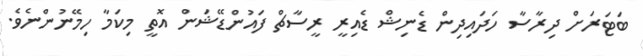
ބަޓަރަށް ދިރާސާ ހަދައިދިން ޑެނިޝް ޑެއިރީ ރީސާޗް ފައުންޑޭޝަން އޮތީ މިކަމާ ހިމޭނުންނެވެ.